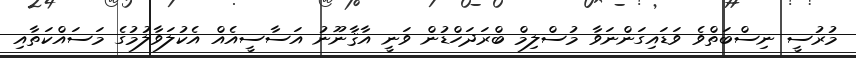
މުރުސީ ނިސްބަތްވެ ވަޑައިގަންނަވާ މުސްލިމް ބްރަދަހްޑުން ވަނީ އާޤާނޫނު އަސާސީއެއް އެކުލަވާލުމުގެ މަސައްކަތާއި